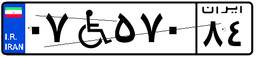
۹۶W۰۹۶۰۲